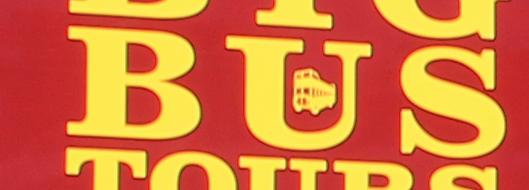
bus